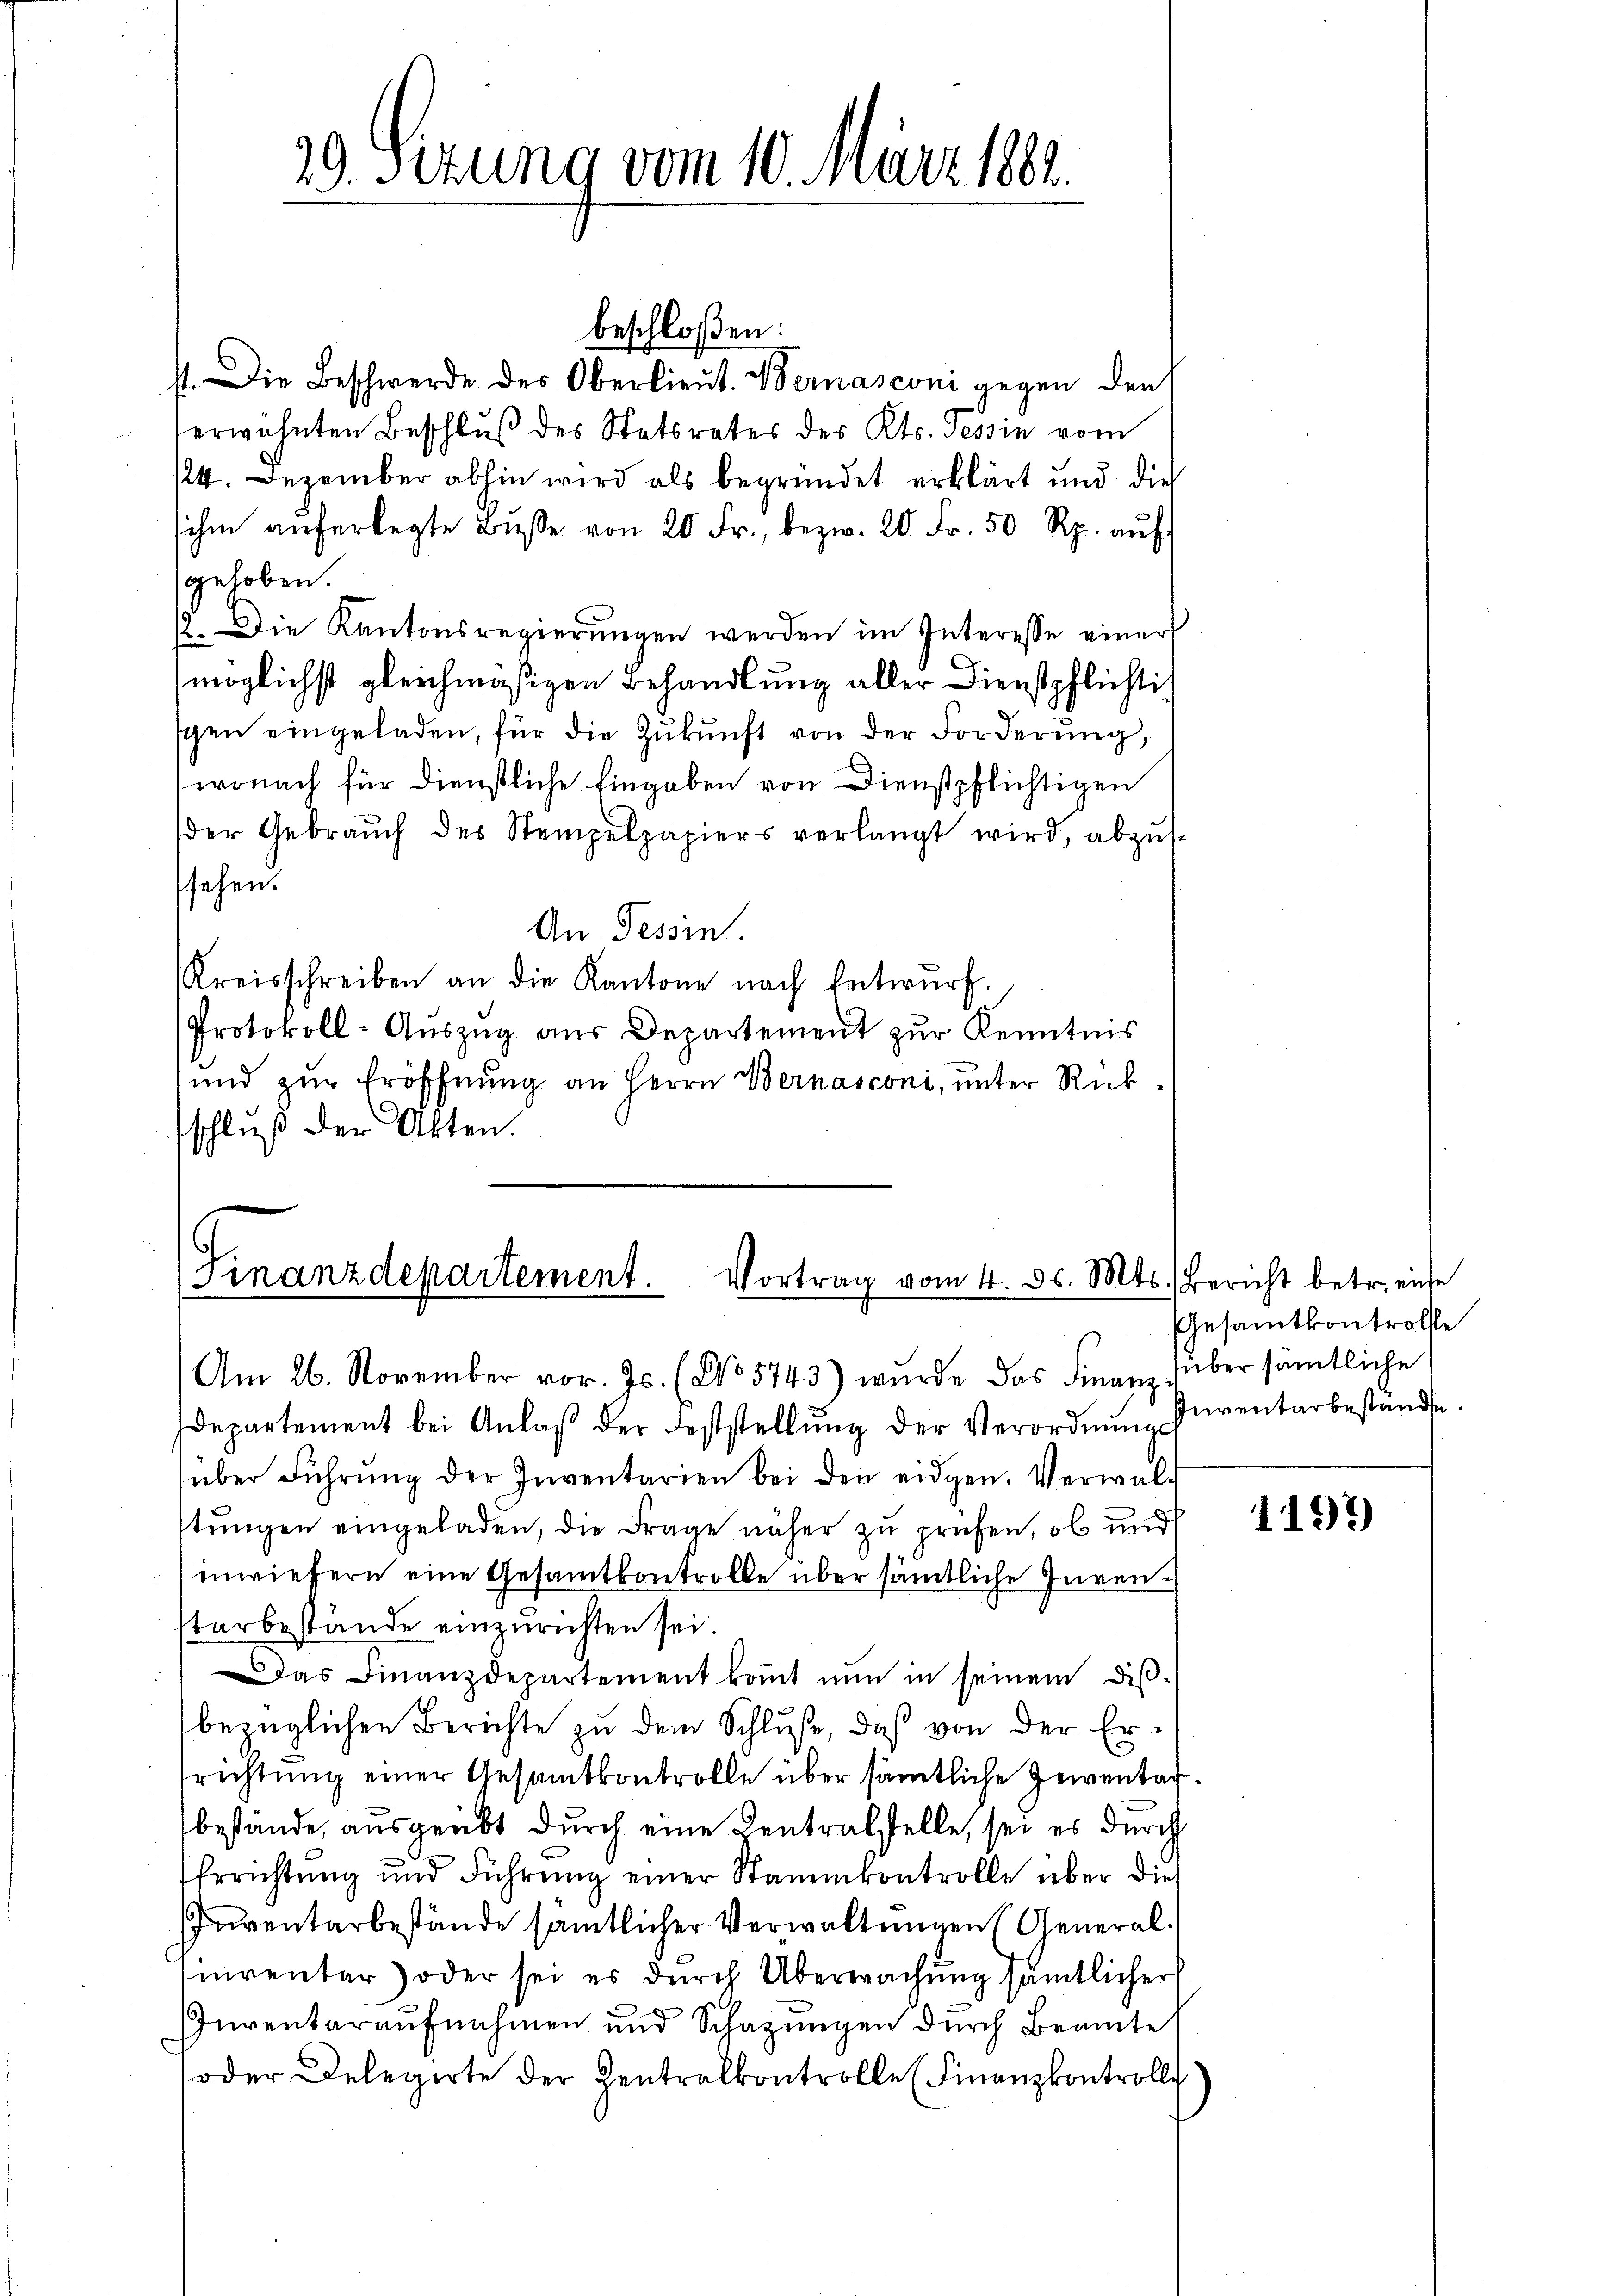
29. Sizung vom 10. März 1802.

1. Die Beschwerde des Oberlieŭt. Bernasconi gegen den
erwähnten Beschluß des Statsrates des Kts. Tessin vom
124. Dezember abhin wird als begründet erklärt und die
sichen aŭf erlegte Bŭβe von 20 Fr., bezw. 20 Fr. 50 Rp. aŭf
gehoben.
1. Die Kantonsregierungen werden im Interesse einer
möglichst gleichmäßigen Behandlung aller Dienstpflichtischen eingeladen, für die Zukunft von der Forderung,
wonach für dienstliche Eingaben von Dienstpflichtigen
der Gebraŭch des Stempelpapiers verlangt wird, abzŭs-
sehen.
An Tessin.
Kreisschreiben an die Kantone nach Entwŭrf.
Protokoll-Auszug aus Departement zur Kenntnis
und zur Eröffnung an Herrn Bernasconi, unter Rückschluß der Akten.

beschloßen:

(Finanzdepartement.
Vortrag vom 4. ds. Mts. Bericht betr. einhe

Am 26. November vor. Js. (No 5743) wurde das Finanz über sämtliche
departement bei Anlaβ der Feststellŭng der Verordnŭng Inventarbestände.
süber Führŭng der Inventarien bei den eidgen. Verwalt
tungen eingeladen, die Frage näher zu prüfen, ob und
inwiefern eine Gesamtkontrolle über sämtliche Juren.
tarbestände einzurichten sei.
das Finanzdepartement koṁt nŭn in seinem dis-
bezüglichen Berichte zu dem Schluße, daß von der Errichtung einer Gesamtkontrolle über sämtliche Zuventarbestände, ausgeübt durch eine Zentralstelle, sei es durch
Errichtung und Führung einer Stammkontrolle über dies
oiventarbestände sämtlicher Verwaltungen (Generalsinventar) oder sei es durch Überwachung sämtlicher
Inventaraufnahmen und Schazungen durch Beamte
oder Delegirte der Centralkontrolle (Finanzkontrolle

Gesamtkontrolle

1197)